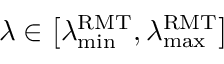
\lambda \in \left[ \lambda _ { \operatorname* { m i n } } ^ { \mathrm { R M T } } , \lambda _ { \operatorname* { m a x } } ^ { \mathrm { R M T } } \right]